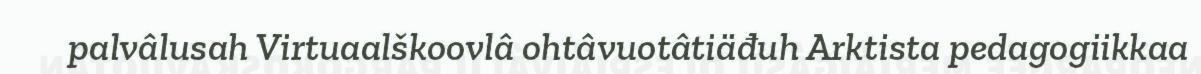
palvâlusah Virtuaalškoovlâ ohtâvuotâtiäđuh Arktista pedagogiikkaa